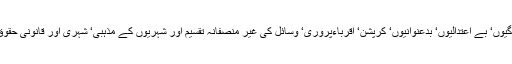
اس کے ساتھ حکمرانوں کی بے قاعدگیوں‘ بے اعتدالیوں‘ بدعنوانیوں‘ کرپشن‘ اقرباءپروری‘ وسائل کی غیر منصفانہ تقسیم اور شہریوں کے مذہبی‘ شہری اور قانونی حقوق کی پامالی کی بھی نشاندہی فرمائی۔